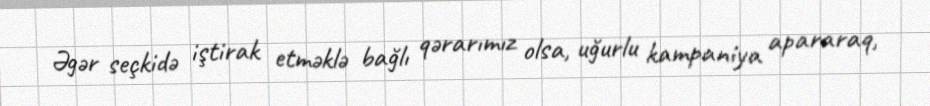
Əgər seçkidə iştirak etməklə bağlı qərarımız olsa, uğurlu kampaniya apararaq,